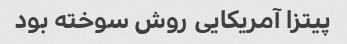
پیتزا آمریکایی روش سوخته بود